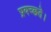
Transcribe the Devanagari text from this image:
प्रयच्छते।